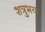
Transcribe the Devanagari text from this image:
शत्रुभय